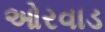
ઓરવાડ